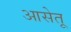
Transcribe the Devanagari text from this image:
आसेतू